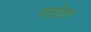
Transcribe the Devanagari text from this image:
पलोटत